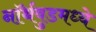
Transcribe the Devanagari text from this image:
नॉर्थवुडमध्ये